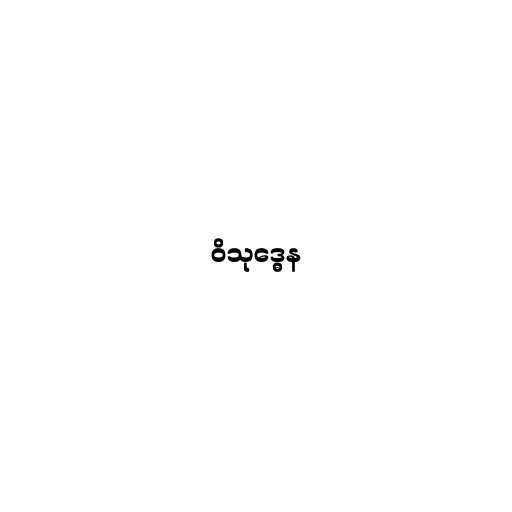
ဝိသုဒ္ဓေန